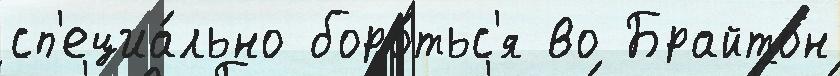
сп'ециа́льно боро́тьс'я во Брайтон